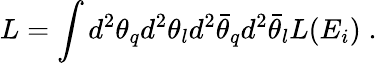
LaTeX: L=\int d^{2}\theta_{q}d^{2}\theta_{l}d^{2}\bar{\theta}_{q}d^{2}\bar{\theta}_{l}L(E_{i})\; .